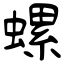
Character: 螺